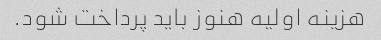
هزینه اولیه هنوز باید پرداخت شود.